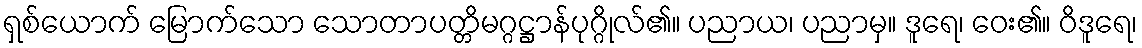
ရှစ်ယောက် မြောက်သော သောတာပတ္တိမဂ္ဂဋ္ဌာန်ပုဂ္ဂိုလ်၏။ ပညာယ၊ ပညာမှ။ ဒူရေ၊ ဝေး၏။ ဝိဒူရေ၊